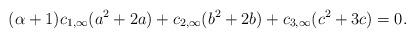
LaTeX: \begin{align*}(\alpha+1)c_{1,\infty}(a^2 + 2a) + c_{2,\infty}(b^2 + 2b) + c_{3,\infty}(c^2 + 3c) = 0.\end{align*}